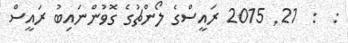
:  :  21